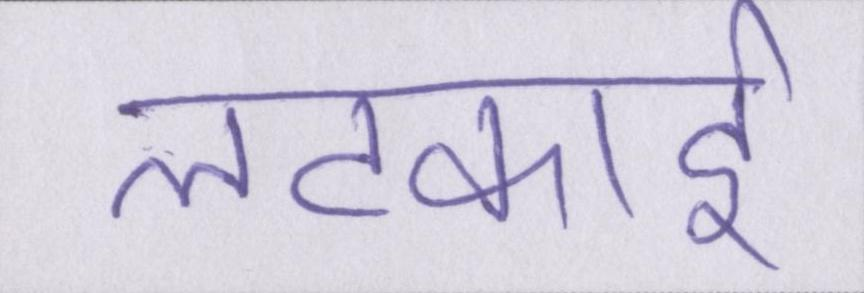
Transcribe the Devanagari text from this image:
लटकाई